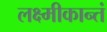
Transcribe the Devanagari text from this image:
लक्ष्मीकान्तं